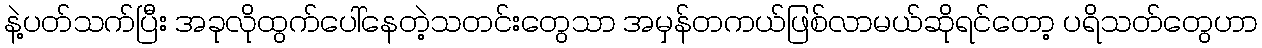
နဲ့ပတ်သက်ပြီး အခုလိုထွက်ပေါ်နေတဲ့သတင်းတွေသာ အမှန်တကယ်ဖြစ်လာမယ်ဆိုရင်တော့ ပရိသတ်တွေဟာ